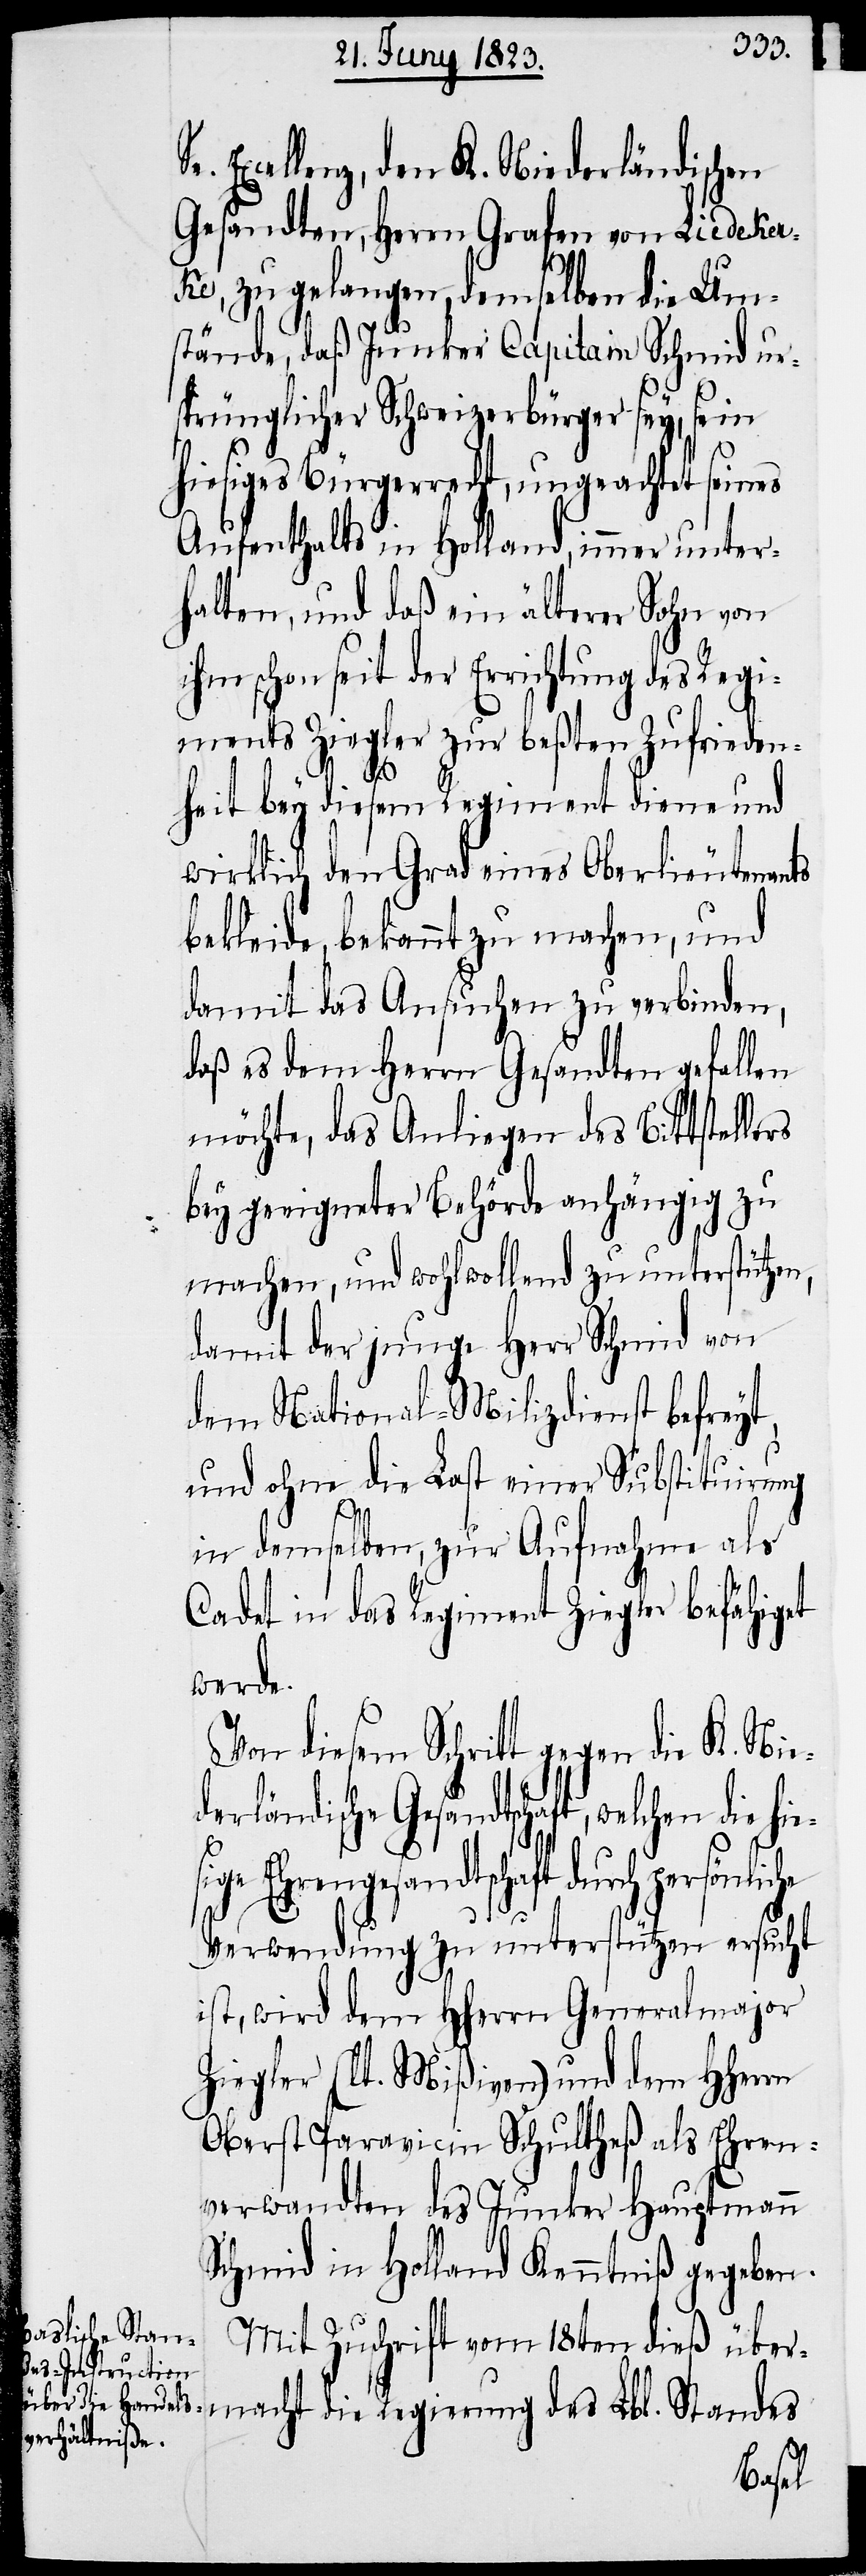
Excellenz, den K. Niederländischen
Gesandten, Herrn Grafen von Liedeker¬
ke, zu gelangen, demselben die Um¬
i¬
stände, daß Junker Capitain Schmid ur¬
sprünglicher Schweizerbürger sey, sein
hiesiges Bürgerrecht, ungeachtet seines
Aufenthalts in Holland, immer unter¬
halten, und daß ein älterer Sohn von
hm schon seit der Errichtung des Regi¬
ments Ziegler zur beßten Zufrieden¬
hies¬
heit bey diesem Regiment diene und
wirklich den Grad eines Oberlieutenants
bekleide, bekannt zu machen, und
damit das Ansuchen zu verbinden,
daß es dem Herrn Gesandten gefallen
möchte, das Anliegen des Bittstellers
bey geeigneter Behörde anhängig zu
machen, und wohlwollend zu unterstützen,
damit der junge Herr Schmid von
dem National-Milizdienst befreyt,
und ohne die Last einer Substituirung
in demselben, zur Aufnahme als
Cadet in das Regiment Ziegler befähiget
werde.
Von diesem Schritt gegen die K. Nie¬
derländische Gesandtschaft, welchen die
ige Ehrengesandtschaft durch persönliche
Verwendung zu unterstützen ersucht
ist, wird dem Hherrn Generalmajor
Ziegler (lt. Mißiven) und dem Hherrn
Oberst Paravicin Schultheß als Ehren¬
verwandten des Junker Hauptmann
Schmid in Holland Kenntniß gegeben.
Mit Zuschrift vom 18ten dieß über¬
macht die Regierung des Lbl. Standes